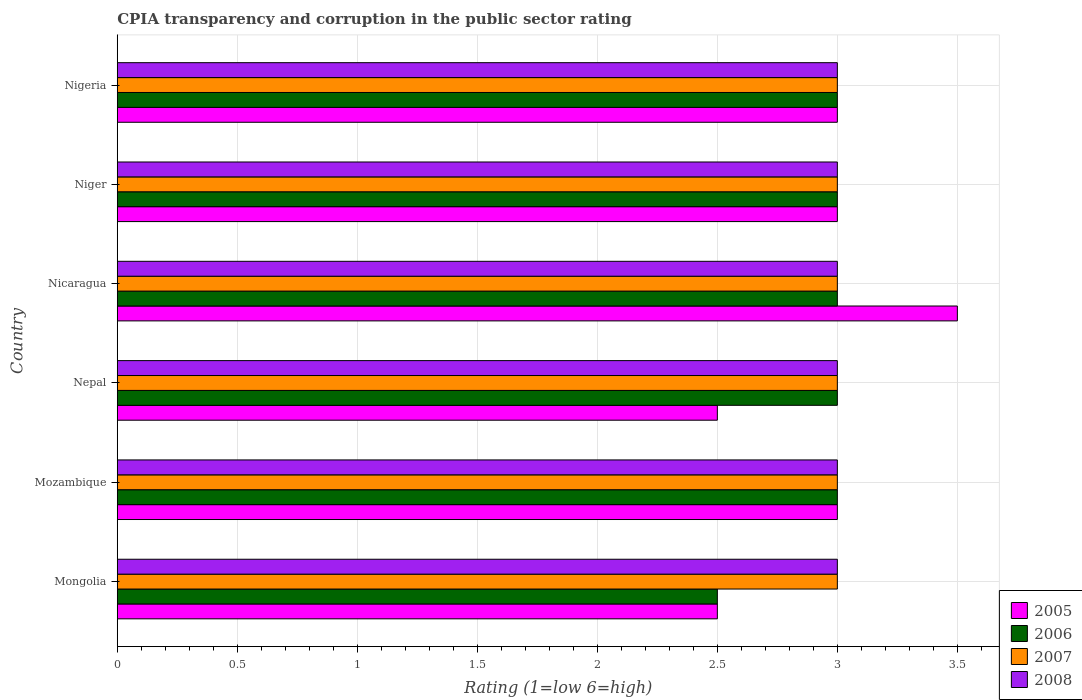
| Country | 2005 | 2006 | 2007 | 2008 |
 | --- | --- | --- | --- | --- |
 | Mongolia | 2.5 | 2.5 | 3 | 3 |
 | Mozambique | 3 | 3 | 3 | 3 |
 | Nepal | 2.5 | 3 | 3 | 3 |
 | Nicaragua | 3.5 | 3 | 3 | 3 |
 | Niger | 3 | 3 | 3 | 3 |
 | Nigeria | 3 | 3 | 3 | 3 |